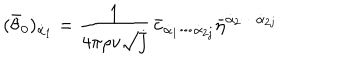
( \bar { \theta } _ { 0 } ) _ { \dot { \alpha } _ { 1 } } = \frac { 1 } { 4 \pi \rho v \sqrt { j } } \, \bar { c } _ { \dot { \alpha } _ { 1 } \cdots \dot { \alpha } _ { 2 j } } \bar { \eta } ^ { \dot { \alpha } _ { 2 } \cdots \dot { \alpha } _ { 2 j } }